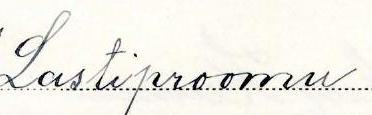
Lastiproomu